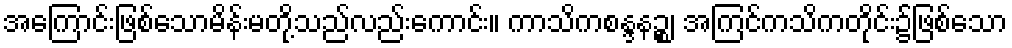
အကြောင်းဖြစ်သောမိန်းမတို့သည်လည်းကောင်း။ ကာသိကစန္ဒနဉ္စ၊ အကြင်ကသိကတိုင်း၌ဖြစ်သော